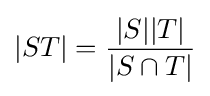
|ST|={\frac {|S||T|}{|S\cap T|}}